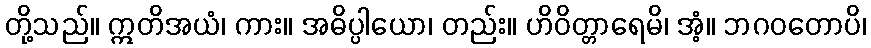
တို့သည်။ ဣတိအယံ၊ ကား။ အဓိပ္ပါယော၊ တည်း။ ဟိဝိတ္တာရေမိ၊ အံ့။ ဘဂဝတောပိ၊